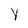
Character: Y